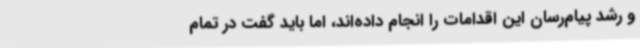
و رشد پیام‌رسان این اقدامات را انجام داده‌اند، اما باید گفت در تمام